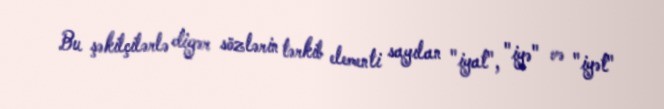
Bu şəkilçilərlə digər sözlərin tərkib elementi sayılan "iyat", "iyə" və "iyət"